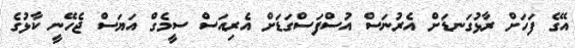
އޭގެ ފަހަށް ރާޅުގަނޑަށް އެރުނަސް އުސްފަސްގަޑަށް އެރިއަސް ސީމެގް އަޔަސް ޖެހޭނީ ކާޅުގެ